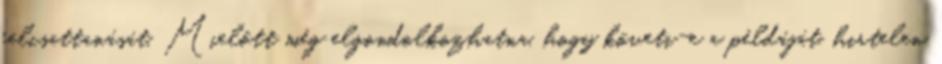
felcsattanását. Mielőtt még elgondolkozhatna, hogy követi-e a példáját, hirtelen